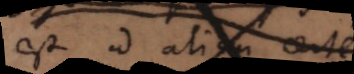
est id alicui certe